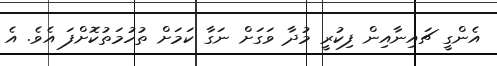
އެންގީ ޗައިނާއިން ފިކުރީ މުދާ ވަގަށް ނަގާ ކަމަށް ތުހުމަތުކޮށްފަ އެވެ. އެ